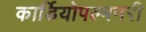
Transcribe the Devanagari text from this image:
कार्डियोपल्मनरी